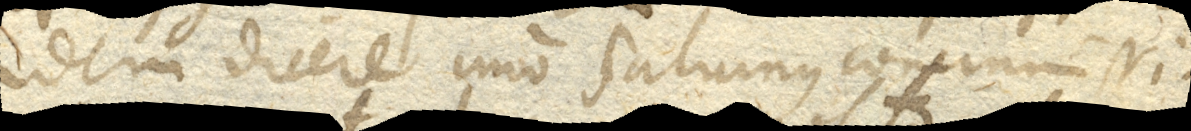
idem dicere imo Saturnus concinnissi–